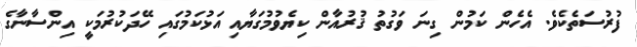
ފުރުސަތެކެވެ. އެހެން ކަމުން ގިނަ ވަގުތު ޤުރުއާން ކިޔެވުމުގަޔާއި އަޅުކަމުގައި ހޭދަކުރުމަކީ އިންސާނާގެ